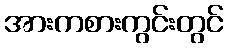
အားကစားကွင်းတွင်